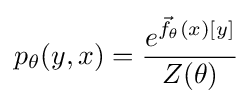
p_{\theta }(y,x)={\frac {e^{{\vec {f}}_{\theta }(x)[y]}}{Z(\theta )}}